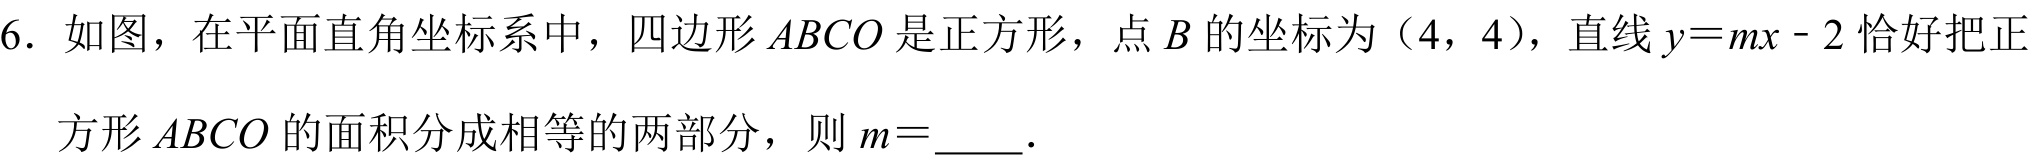
6. 如图，在平面直角坐标系中，四边形\(ABCO\)是正方形，点\(B\)的坐标为（4，4），直线\(y = mx - 2\)恰好把正
方形\(ABCO\)的面积分成相等的两部分，则\(m=\)  .